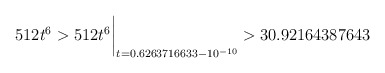
\begin{align*}512 t^6 > 512 t^6\biggr\rvert_{t=0.6263716633 - 10^{-10}} > 30.92164387643\quad\end{align*}